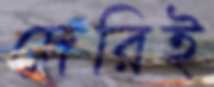
দেরিই